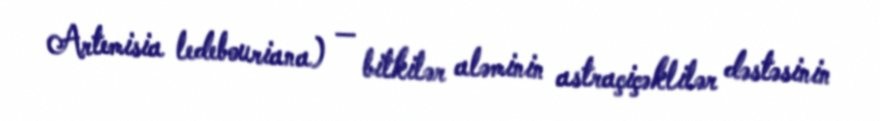
Artemisia ledebouriana) — bitkilər aləminin astraçiçəklilər dəstəsinin